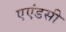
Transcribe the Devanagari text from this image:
एएंडसी